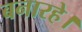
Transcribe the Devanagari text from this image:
बनारहे।